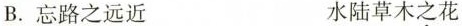
B.忘路之远近 水陆草木之花